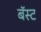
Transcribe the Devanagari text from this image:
बॅस्ट